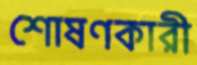
শোষণকারী